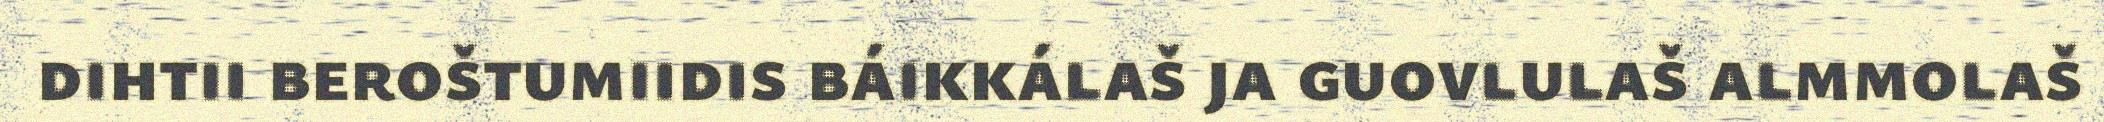
dihtii beroštumiidis báikkálaš ja guovlulaš almmolaš